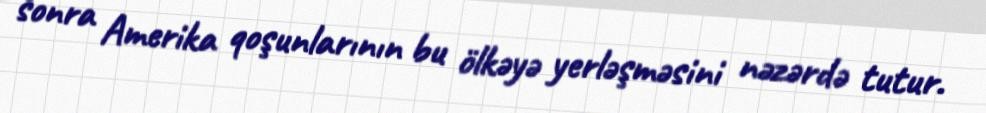
sonra Amerika qoşunlarının bu ölkəyə yerləşməsini nəzərdə tutur.